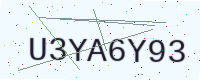
Text: U3YA6Y93